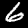
Label: 6